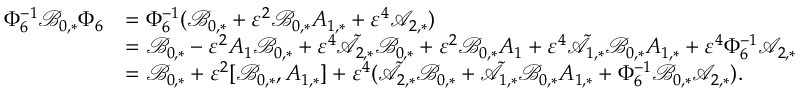
\begin{array} { r l } { \Phi _ { 6 } ^ { - 1 } \mathcal { B } _ { 0 , * } \Phi _ { 6 } } & { = \Phi _ { 6 } ^ { - 1 } ( \mathcal { B } _ { 0 , * } + \varepsilon ^ { 2 } \mathcal { B } _ { 0 , * } A _ { 1 , * } + \varepsilon ^ { 4 } \mathcal { A } _ { 2 , * } ) } \\ & { = \mathcal { B } _ { 0 , * } - \varepsilon ^ { 2 } A _ { 1 } \mathcal { B } _ { 0 , * } + \varepsilon ^ { 4 } \tilde { \mathcal { A } } _ { 2 , * } \mathcal { B } _ { 0 , * } + \varepsilon ^ { 2 } \mathcal { B } _ { 0 , * } A _ { 1 } + \varepsilon ^ { 4 } \tilde { \mathcal { A } } _ { 1 , * } \mathcal { B } _ { 0 , * } A _ { 1 , * } + \varepsilon ^ { 4 } \Phi _ { 6 } ^ { - 1 } \mathcal { A } _ { 2 , * } } \\ & { = \mathcal { B } _ { 0 , * } + \varepsilon ^ { 2 } [ \mathcal { B } _ { 0 , * } , A _ { 1 , * } ] + \varepsilon ^ { 4 } ( \tilde { \mathcal { A } } _ { 2 , * } \mathcal { B } _ { 0 , * } + \tilde { \mathcal { A } } _ { 1 , * } \mathcal { B } _ { 0 , * } A _ { 1 , * } + \Phi _ { 6 } ^ { - 1 } \mathcal { B } _ { 0 , * } \mathcal { A } _ { 2 , * } ) . } \end{array}